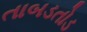
તાબડતોડ